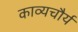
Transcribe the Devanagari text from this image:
काव्यचौर्य